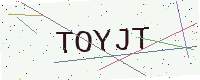
Text: TOYJT